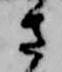
さ